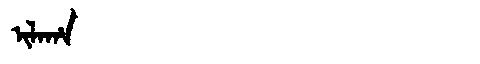
Manchu: ᡳᠯᠠᡥᠠ
Romanization: ILAHA